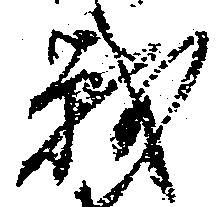
戦